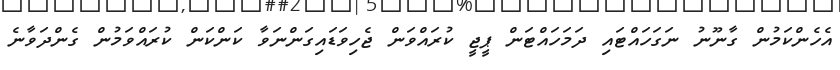
އެހެންކަމުން ގާނޫނު ނަގަހައްޓައި ދަމަހައްޓަން ޕީޖީ ކުރައްވަން ޖެހިވަޑައިގަންނަވާ ކަންކަން ކުރައްވަމުން ގެންދަވާނެ